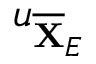
\mathfrak { u } _ { \overline { { \mathbf { X } } } _ { E } }